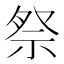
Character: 祭